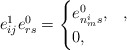
\begin{align*} e_{ij}^1e_{rs}^0 = \begin{cases} e_{n_m^is}^0, &,\\ 0, & \end{cases}\end{align*}